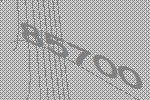
85700